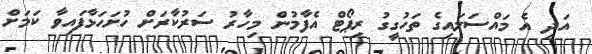
އަދި އެ މައްސަލައިގެ ތަހުގީގު ރިޕޯޓް އެފާމުން މިހާރު ސަރުކާރަށް ހުށަހަޅާފައިވާ ކަމަށް